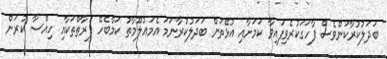
ބަދަލުކުރާކަންވެސް ފާހަގަކުރެވިފައިވާ ކަމަށާއި އުޅޭތަން ބަދަލުކުރާނަމަ އެމަޢުލޫމާތު ކަމާބެހޭ ފަރާތްތަކާއި ހިއްސާ ކުރަން